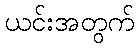
ယင်းအတွက်